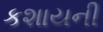
કશાયની